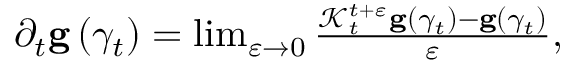
\begin{array} { r } { \partial _ { t } \mathbf { g } \left( \gamma _ { t } \right) = \operatorname* { l i m } _ { \varepsilon \rightarrow 0 } \frac { \mathcal { K } _ { t } ^ { t + \varepsilon } \mathbf { g } \left( \gamma _ { t } \right) - \mathbf { g } \left( \gamma _ { t } \right) } { \varepsilon } , } \end{array}